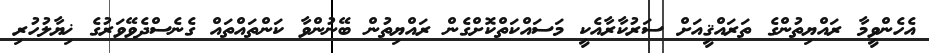
އެހެންވީމާ ރައްޔިތުންގެ ތަރައްޤީއަށް ސަރުކާރާއެކީ މަސައްކަތްކޮށްގެން ރައްޔިތުން ބޭނުންވާ ކަންތައްތައް ގެނެސްދެވޭވަރުގެ ޚިޔާލުހުރި